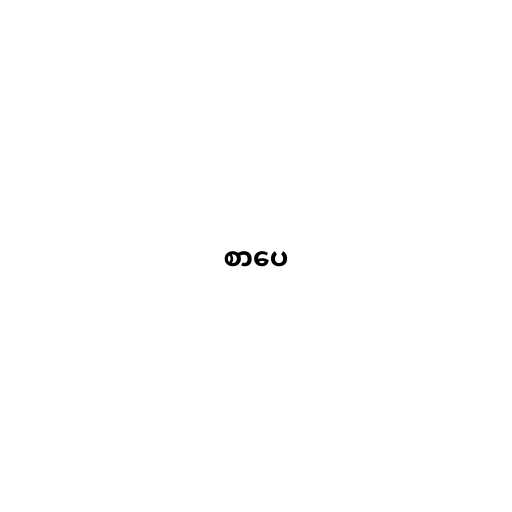
စာပေ